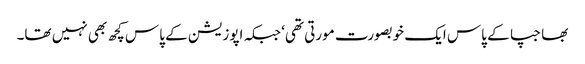
بھاجپا کے پاس ایک خوبصورت مورتی تھی‘ جبکہ اپوزیشن کے پاس کچھ بھی نہیں تھا۔